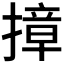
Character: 𭢓